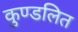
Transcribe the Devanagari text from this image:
कुण्डलित